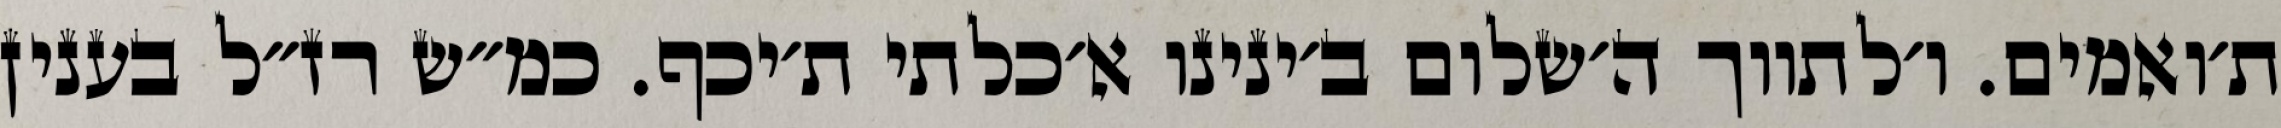
ת׳ואמים. ו׳לתווך ה׳שלום ב׳ינינו א׳כלתי ת׳יכף. כמ״ש רז״ל בענין